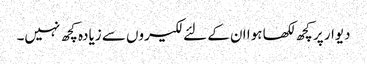
دیوار پر کچھ لکھا ہوا ان کے لئے لکیروں سے زیادہ کچھ نہیں۔